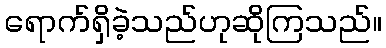
ရောက်ရှိခဲ့သည်ဟုဆိုကြသည်။